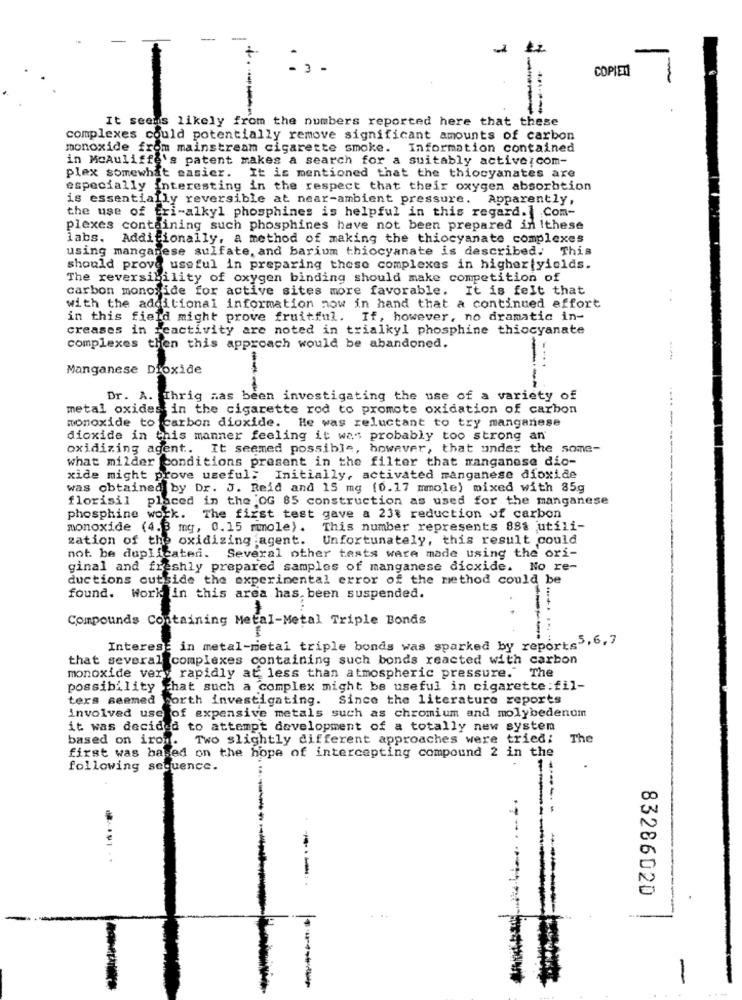
-
-
0 -
COPIEN
It seems likely from the numbers reported here that these
complexes could potentially remove significant amounts of carbon
monoxide from mainstream cigarette smoke. Information contained
in Mcauliffe's patent makes a search for a suitably activezcom-
plex somewhat easier. It is mentioned that the thiocyanates are
especially interesting in the respect that their oxygen absorbtion
is essentially reversible at near-ambient pressure. Apparently,
the use of fri-alkyl phosphines is helpful in this regard. Com-
plexes containing such phosphines have not been prepared in Ithese
labs. Additionally, a method of making the thiocyanate complexes
using manganese sulfate, and barium thiocyanate is described. This
should prove useful in preparing these complexes in higher|yields.
The reversibility of oxygen binding should make competition of
carbon monoxide for active sites more favorable. It is felt that
with the additional information now in hand that a continued effort
in this field might prove fruitful. If, however, no dramatic in-
creases in feactivity are noted in trialkyl phosphine thiocyanate
complexes then this approach would be abandoned.
Manganese Dioxide
Dr. A. Thrig nas been investigating the use of a variety of
metal oxides in the cigarette rod to promote oxidation of carbon
monoxide to carbon dioxide. He was reluctant to try manganese
dioxide in this manner feeling it was probably too strong an
oxidizing agent. It seemed possible, however, that under the some-
what milder conditions present in the filter that manganese dio-
xide might prove useful. Initially, activated manganese dioxide
----------
was obtained by Dr. J. Reid and 15 mg (0.17 mmole) mixed with 85g
florisil placed in the OG 85 construction as used for the manganese
phosphine work.
The first test gave a 23% reduction of carbon
monoxide (4.3 mg, 0.15 mmole). This number represents 888 utili-
zation of the oxidizing agent. Unfortunately, this result could
not. be duplicaten. Several other tests were made using the ori-
ginal and freshly prepared samples of manganese dioxide. No re-
ductions outside the experimental error of the method could be
found. Work in this area has. been suspended.
Compounds Containing Metal-Metal Triple Bonds
Interest in metal-metal triple bonds was sparked by reports5.6.7
that several complexes containing such bonds reacted with carbon
monoxide very rapidly at less than atmospheric pressure." The
possibility that such a complex might be useful in cigarette :fil-
ters seemed borth investigating. Since the literature reports
involved use of expensive metals such as chromium and molybedenom
it was decided to attempt development of a totally new system
based on iron. Two slightly different approaches were tried:
The
first was based on the hope of intercepting compound 2 in the
following sequence.
-
--:
8328602D
-
-